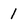
Character: 1